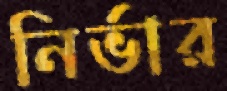
নির্ভার